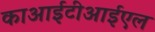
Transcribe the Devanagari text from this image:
काआईटीआईएल